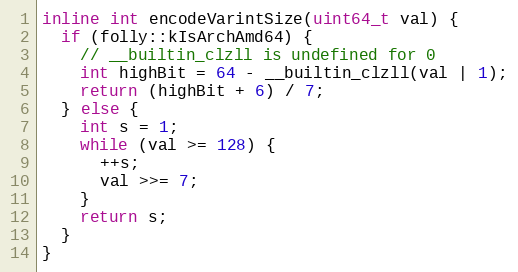
Language: C
inline int encodeVarintSize(uint64_t val) {
  if (folly::kIsArchAmd64) {
    // __builtin_clzll is undefined for 0
    int highBit = 64 - __builtin_clzll(val | 1);
    return (highBit + 6) / 7;
  } else {
    int s = 1;
    while (val >= 128) {
      ++s;
      val >>= 7;
    }
    return s;
  }
}